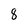
Character: 8